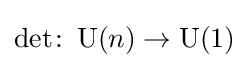
\det \colon \operatorname {U} (n)\rightarrow \operatorname {U} (1)